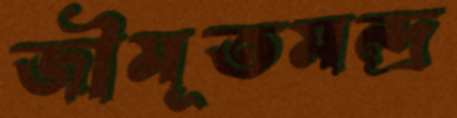
জীমূতমন্দ্র